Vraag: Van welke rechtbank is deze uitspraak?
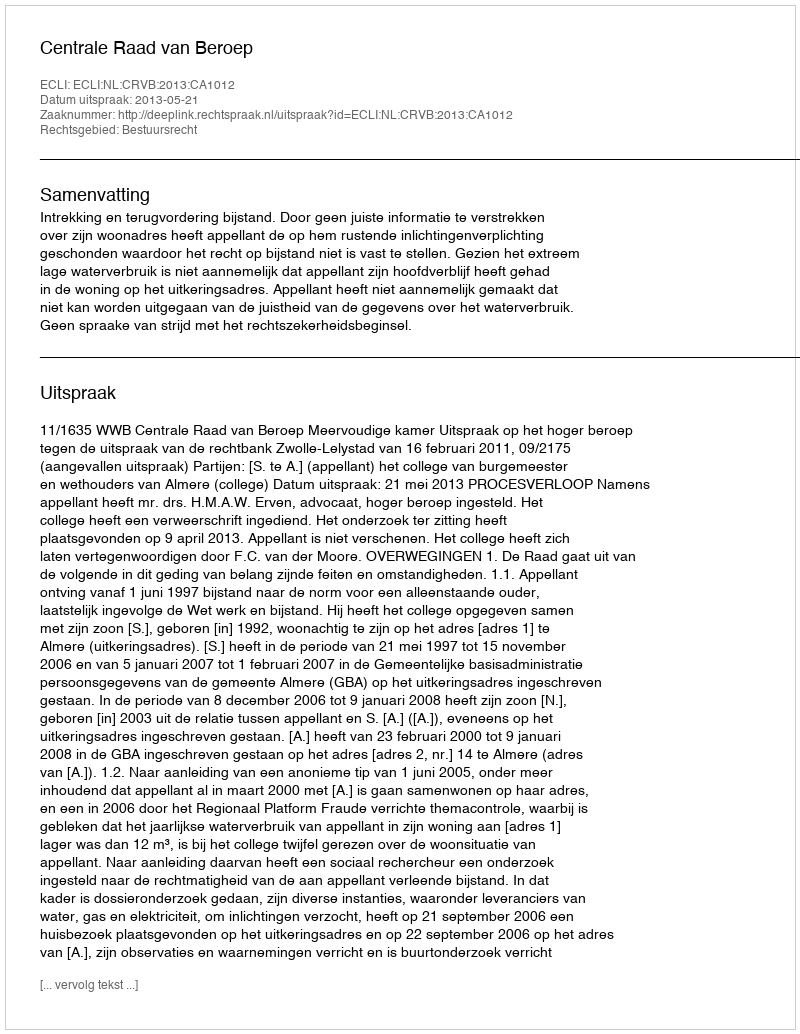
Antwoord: Centrale Raad van Beroep